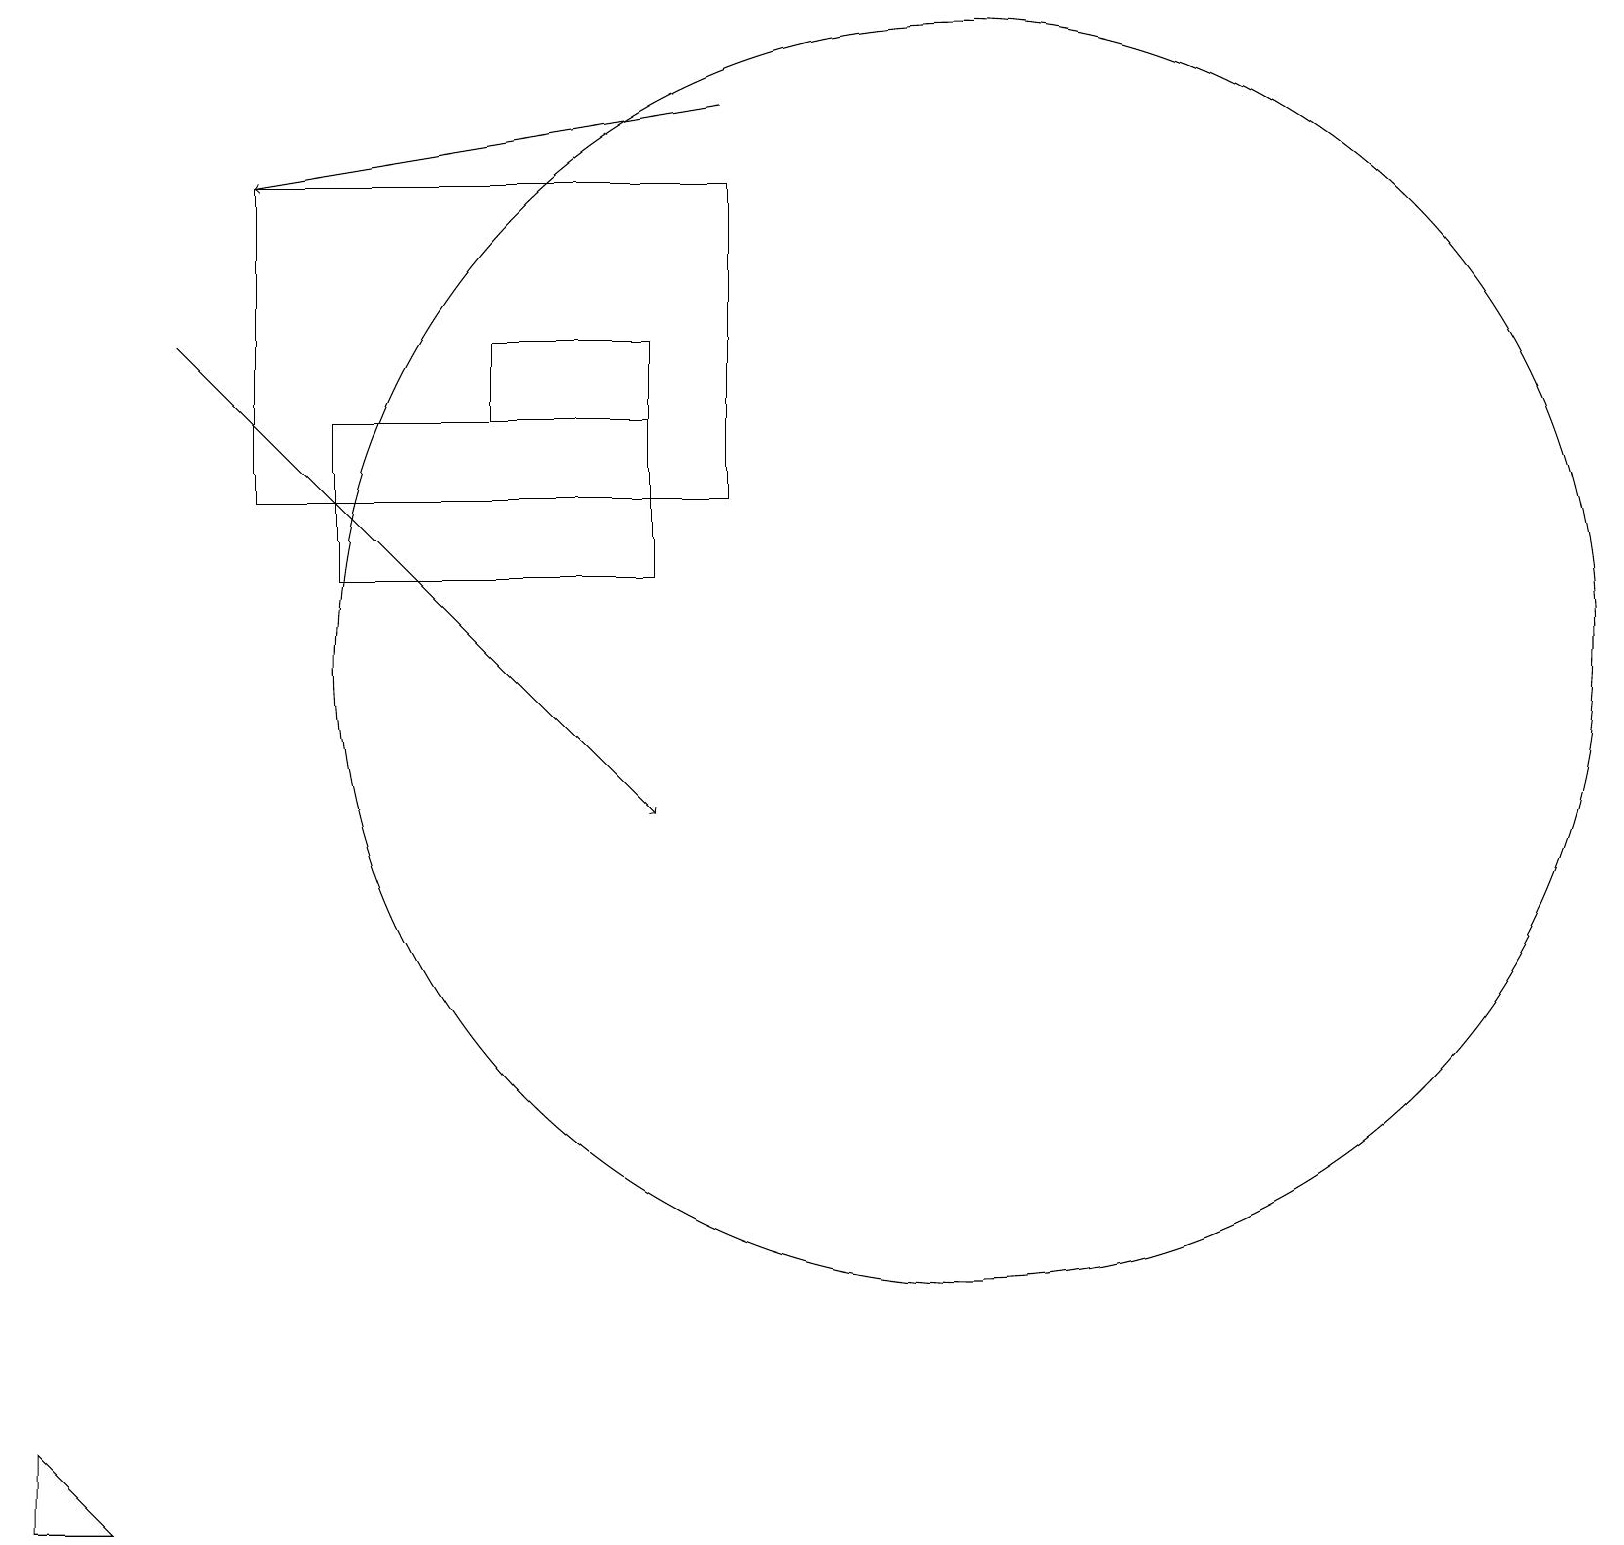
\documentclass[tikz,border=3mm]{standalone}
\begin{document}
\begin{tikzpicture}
\draw (8,16) rectangle (6,15);
\draw (1,1) -- (0,1) -- (0,2) -- cycle;
\draw[->] (9,19) -- (3,18);
\draw (4,15) rectangle (8,13);
\draw (12,12) circle (8);
\draw[->] (2,16) -- (8,10);
\draw (9,14) rectangle (3,18);
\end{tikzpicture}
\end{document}